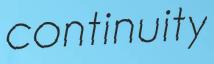
continuity